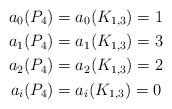
LaTeX: \begin{align*} a_0 (P_4) &= a_0 (K_{1,3}) = 1\\ a_1 (P_4) &= a_1 (K_{1,3}) = 3\\ a_2 (P_4) &= a_2 (K_{1,3}) = 2\\ a_i (P_4) &= a_i (K_{1,3}) = 0 \end{align*}